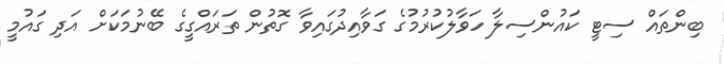
ބިންތައް ސިޓީ ކައުންސިލާ ހަވާލުކުރުމުގެ ގަވާއިދުގައިވާ ގޮތުން ތަރައްގީގެ ބޭނުމަކަށް އަދި ގައުމީ